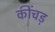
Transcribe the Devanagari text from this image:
कींचड़